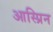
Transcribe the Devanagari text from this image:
आस्प्रिन